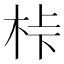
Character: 桛